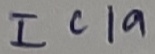
Text: IC1a